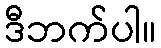
ဒီဘက်ပါ။